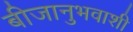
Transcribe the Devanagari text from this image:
बीजानुभवाशी